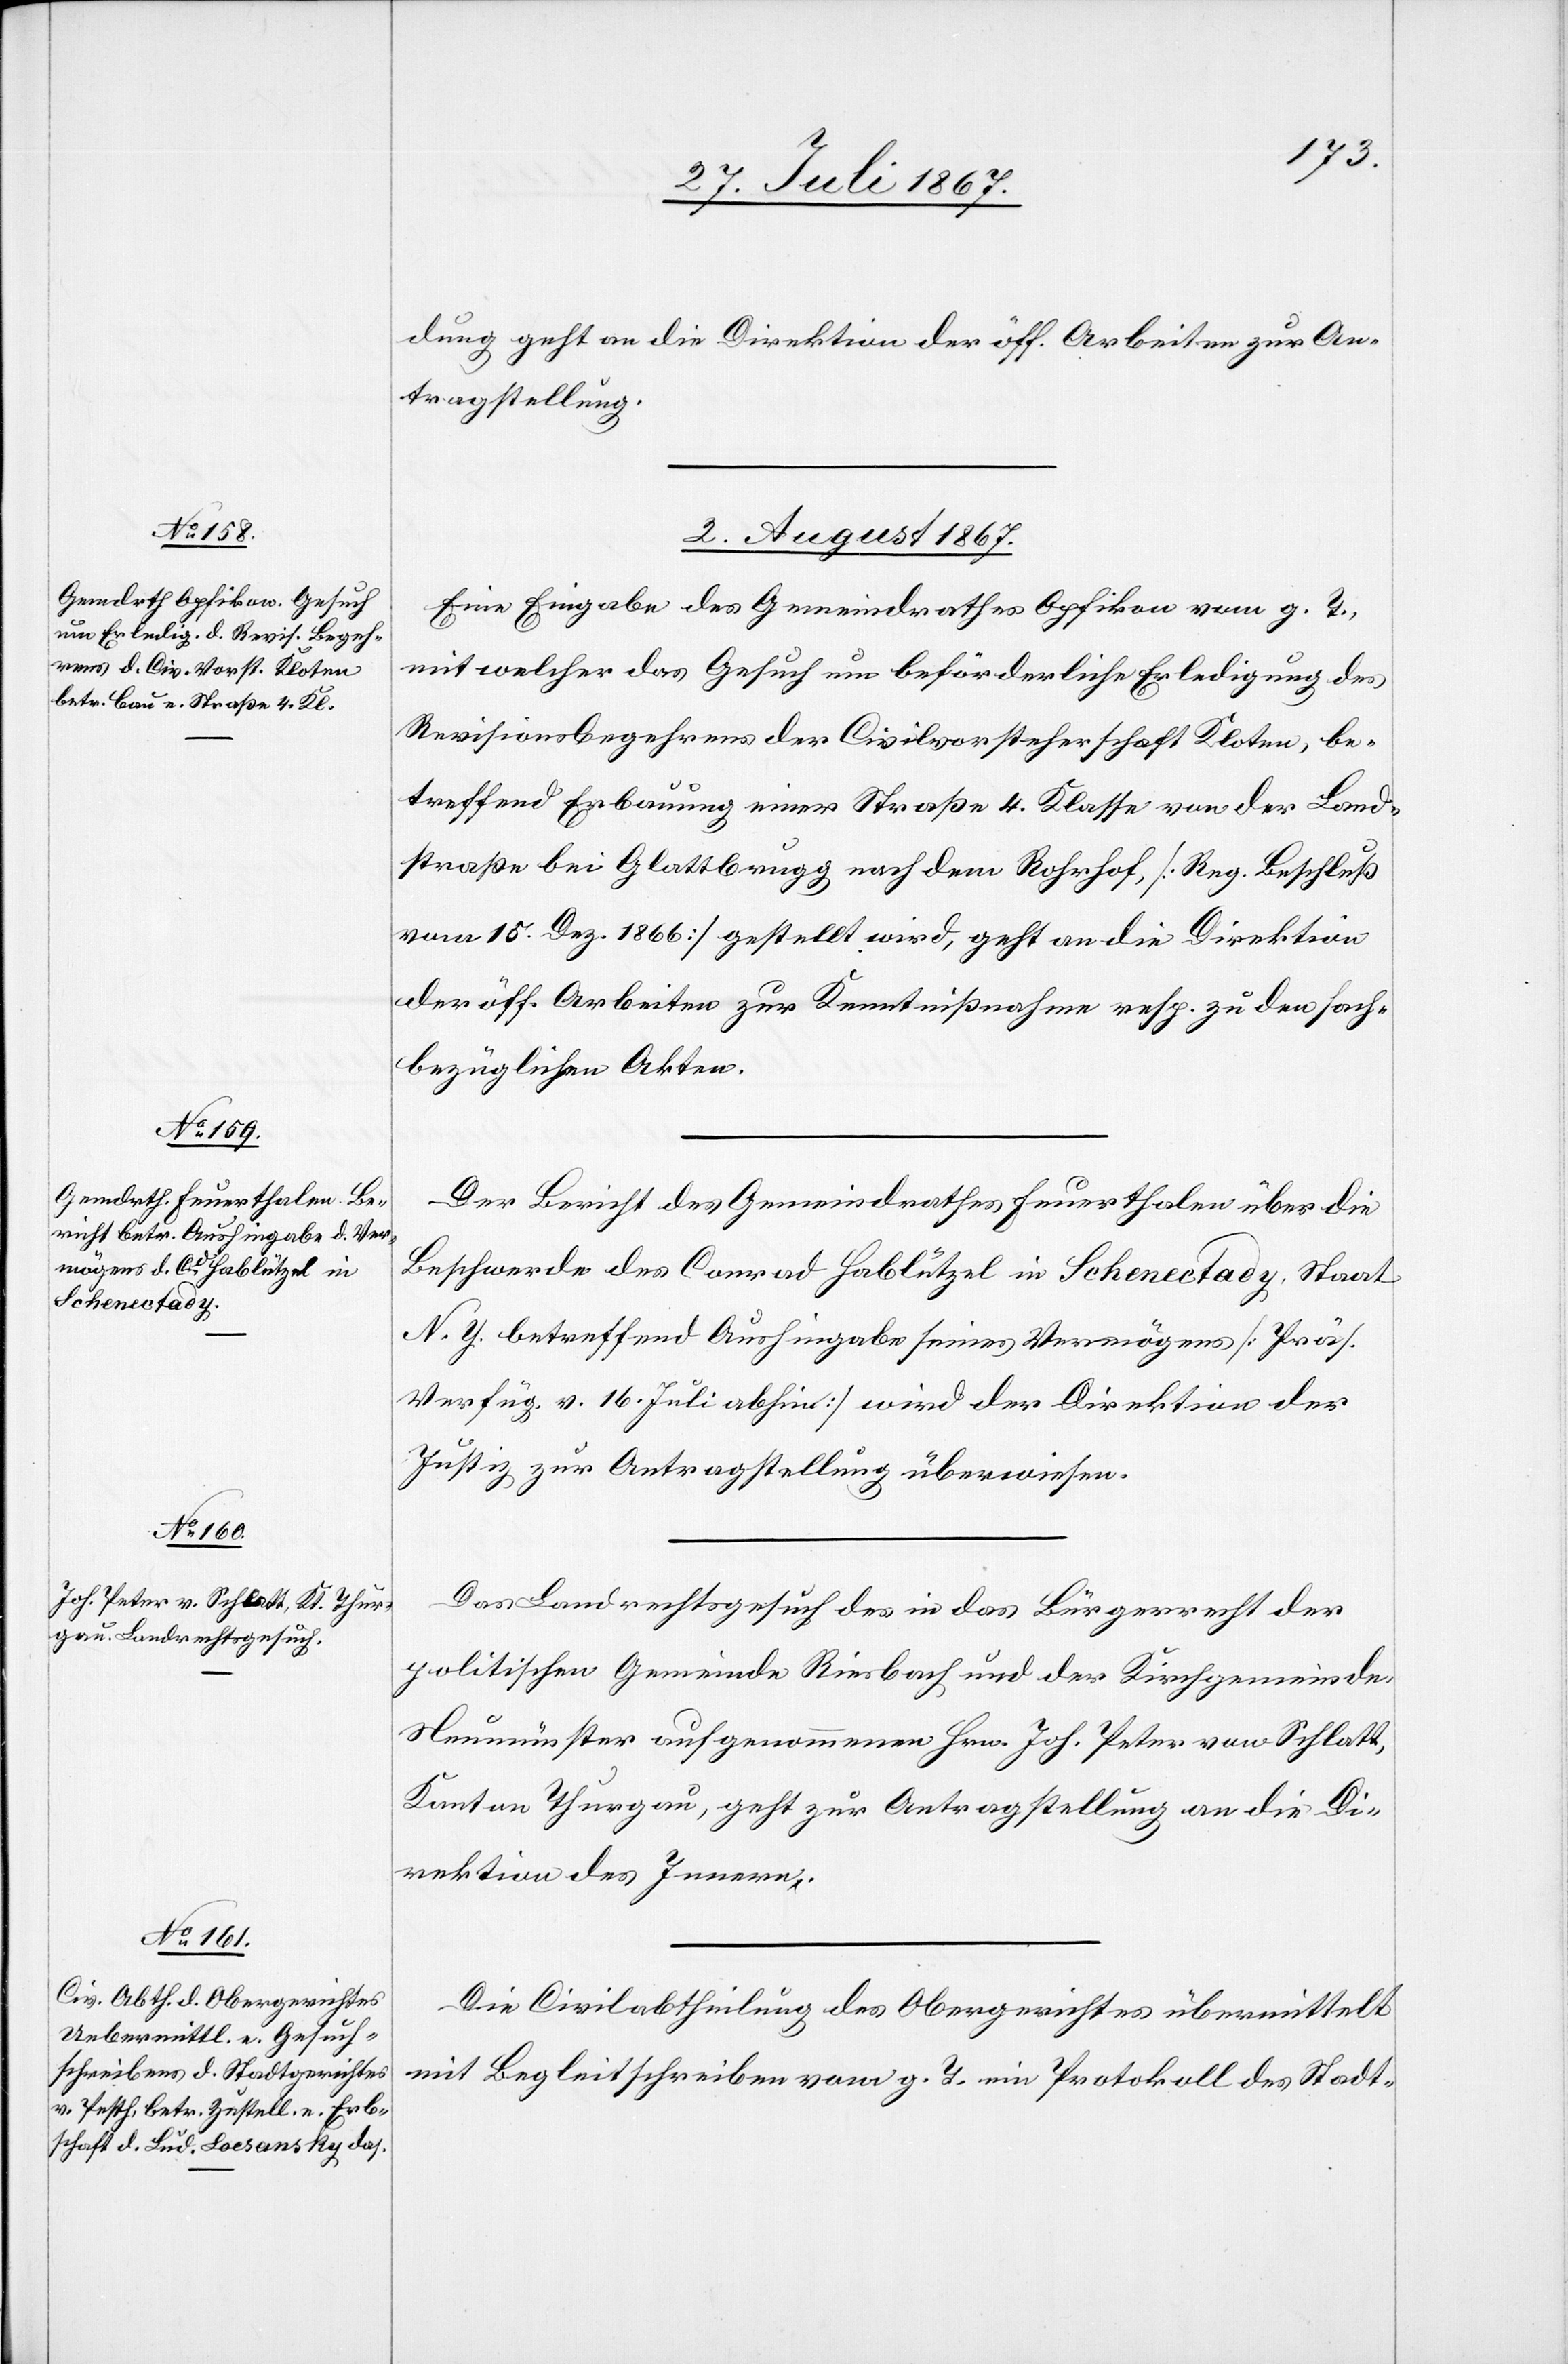
dung geht an die Direktion der öff. Arbeiten zur An¬
tragstellung.
2. August 1867.]
Eine Eingabe des Gemeindrathes Opfikon vom g. T.
mit welcher das Gesuch um beförderliche Erledigung des
Revisionsbegehrens der Civilvorsteherschaft Kloten, be¬
treffend Erbauung einer Straße 4. Klasse von der Land¬
straße bei Glattbrugg nach dem Rohrhof, [Reg. Beschluß
vom 15. Dez 1866] gestellt wird, geht an die Direktion
der öff. Arbeiten zur Kenntnißnahme resp. zu den sach¬
bezüglichen Akten.
Der Bericht des Gemeindrathes Feuerthalen über die
Beschwerde des Conrad Hablützel in Schenectady, Staat
N. Y. betreffend Aushingabe seines Vermögens [Präs.
Verfüg. v. 16. Juli abhin] wird der Direktion der
Justiz zur Antragstellung überwiesen.
Das Landrechtsgesuch des in das Bürgerrecht der
politischen Gemeinde Riesbach und der Kirchgemeinde
Neumünster aufgenommenen Hrn. Joh. Peter von Schlatt,
Kanton Thurgau, geht zur Antragstellung an die Di¬
rektion des Innern.
Die Civilabtheilung des Obergerichtes übermittelt
mit Begleitschreiben vom g. T. ein Protokoll des Stadt-